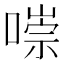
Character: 𠼾